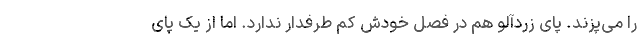
را می‌پزند. پای زردآلو هم در فصل خودش کم طرفدار ندارد. اما از یک پای